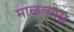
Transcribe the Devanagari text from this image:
माळव्यास